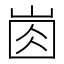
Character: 𡸋